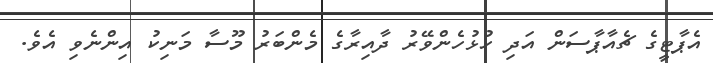
އެޕާޓީގެ ޗެއާޕާސަން އަދި ހުޅުހެންވޭރު ދާއިރާގެ މެންބަރު މޫސާ މަނިކު އިންނެވި އެވެ.